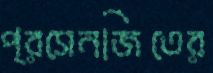
প্রসেনজিতের